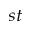
^ { s t }